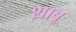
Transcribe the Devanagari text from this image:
शाबू